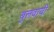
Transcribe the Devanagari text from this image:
बुलवायी